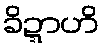
ခိဍ္ဍာဟိ